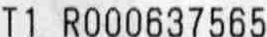
T1 R000637565